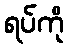
ရပ်ကို